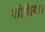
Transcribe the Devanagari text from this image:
कोशियो।